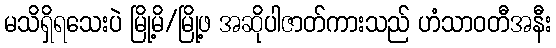
မသိရှိရသေးပဲ မြို့မိ/မြို့ဖ အဆိုပါဇာတ်ကားသည် ဟံသာဝတီအနီး